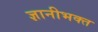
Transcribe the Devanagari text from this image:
ज्ञानीभक्त